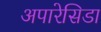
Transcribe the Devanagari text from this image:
अपारेसिडा